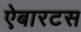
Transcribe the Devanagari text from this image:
ऐबारटस